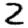
Digit: 2